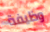
وظيفة